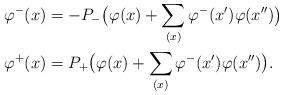
LaTeX: \begin{align*}\varphi^-(x)&=-P_-\big(\varphi(x)+\sum_{(x)}\varphi^-(x')\varphi(x'')\big)\\\varphi^+(x)&=P_+\big(\varphi(x)+\sum_{(x)}\varphi^-(x')\varphi(x'')\big).\end{align*}